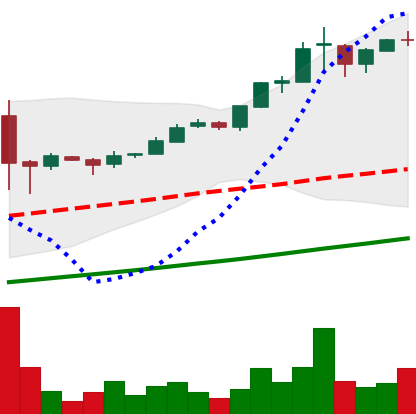
Ticker: BTC-USD
Chart end date: 2017-02-28
Forward return: 7.386%
Label: up_7plus